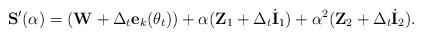
LaTeX: \begin{align*} {\bf S'}(\alpha)=\left(\mathbf{W}+\Delta_t\mathbf{e}_{k}(\theta_t)\right)+\alpha(\mathbf{Z}_1+\Delta_t\dot{\mathbf{I}}_1)+\alpha^2(\mathbf{Z}_2+\Delta_t\dot{\mathbf{I}}_2). \end{align*}